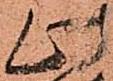
此